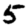
Digit: 5